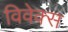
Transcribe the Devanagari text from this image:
विवेक्स